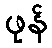
ဖုန်